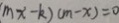
m x - k ) ( m - x ) = 0